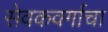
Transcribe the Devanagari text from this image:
सेवकवर्गाचा